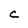
Character: C